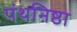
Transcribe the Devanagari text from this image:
पंथनिष्ठा